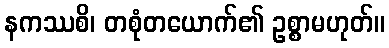
နကဿစိ၊ တစုံတယောက်၏ ဥစ္စာမဟုတ်။